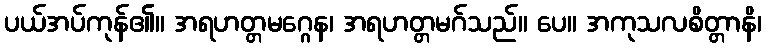
ပယ်အပ်ကုန်၏။ အရဟတ္တမဂ္ဂေန၊ အရဟတ္တမဂ်သည်။ ပေ။ အကုသလစိတ္တာနိ၊